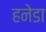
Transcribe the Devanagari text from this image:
हनेडा